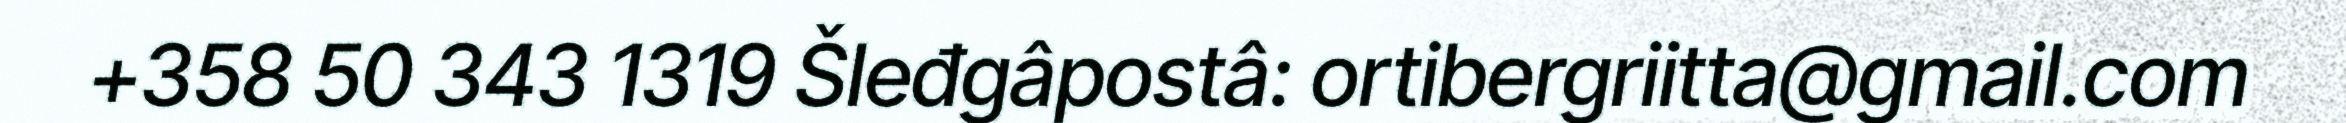
+358 50 343 1319 Šleđgâpostâ: ortibergriitta@gmail.com